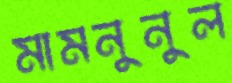
মামনুনুল